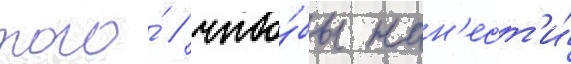
того́ / что́бы нан'ест'и́